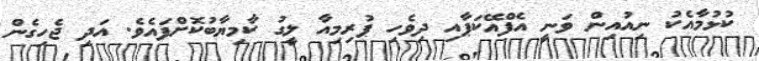
ކުޅުމާއެކު ނިއުއިން ވަނީ އެފްއޭކަޕާއި ދިވެހި ޕުރިމިއާ ލީގު ކާމިޔާބުކޮށްފައެވެ. އަދި ޖެހިގެން